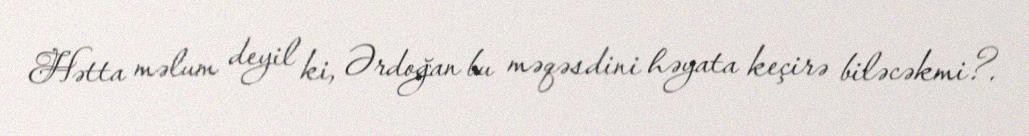
Hətta məlum deyil ki, Ərdoğan bu məqəsdini həyata keçirə biləcəkmi?.